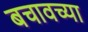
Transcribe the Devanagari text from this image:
बचावच्या